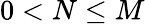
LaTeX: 0<N\leq M